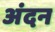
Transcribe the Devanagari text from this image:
अंदन